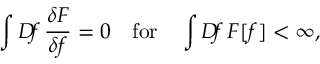
\int D \! f \, \frac { \delta F } { \delta f } = 0 ~ ~ ~ \mathrm { f o r } ~ ~ ~ \int D \! f \, F [ f ] < \infty ,